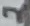
Text: 2